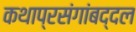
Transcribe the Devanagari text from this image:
कथाप्रसंगांबद्दल